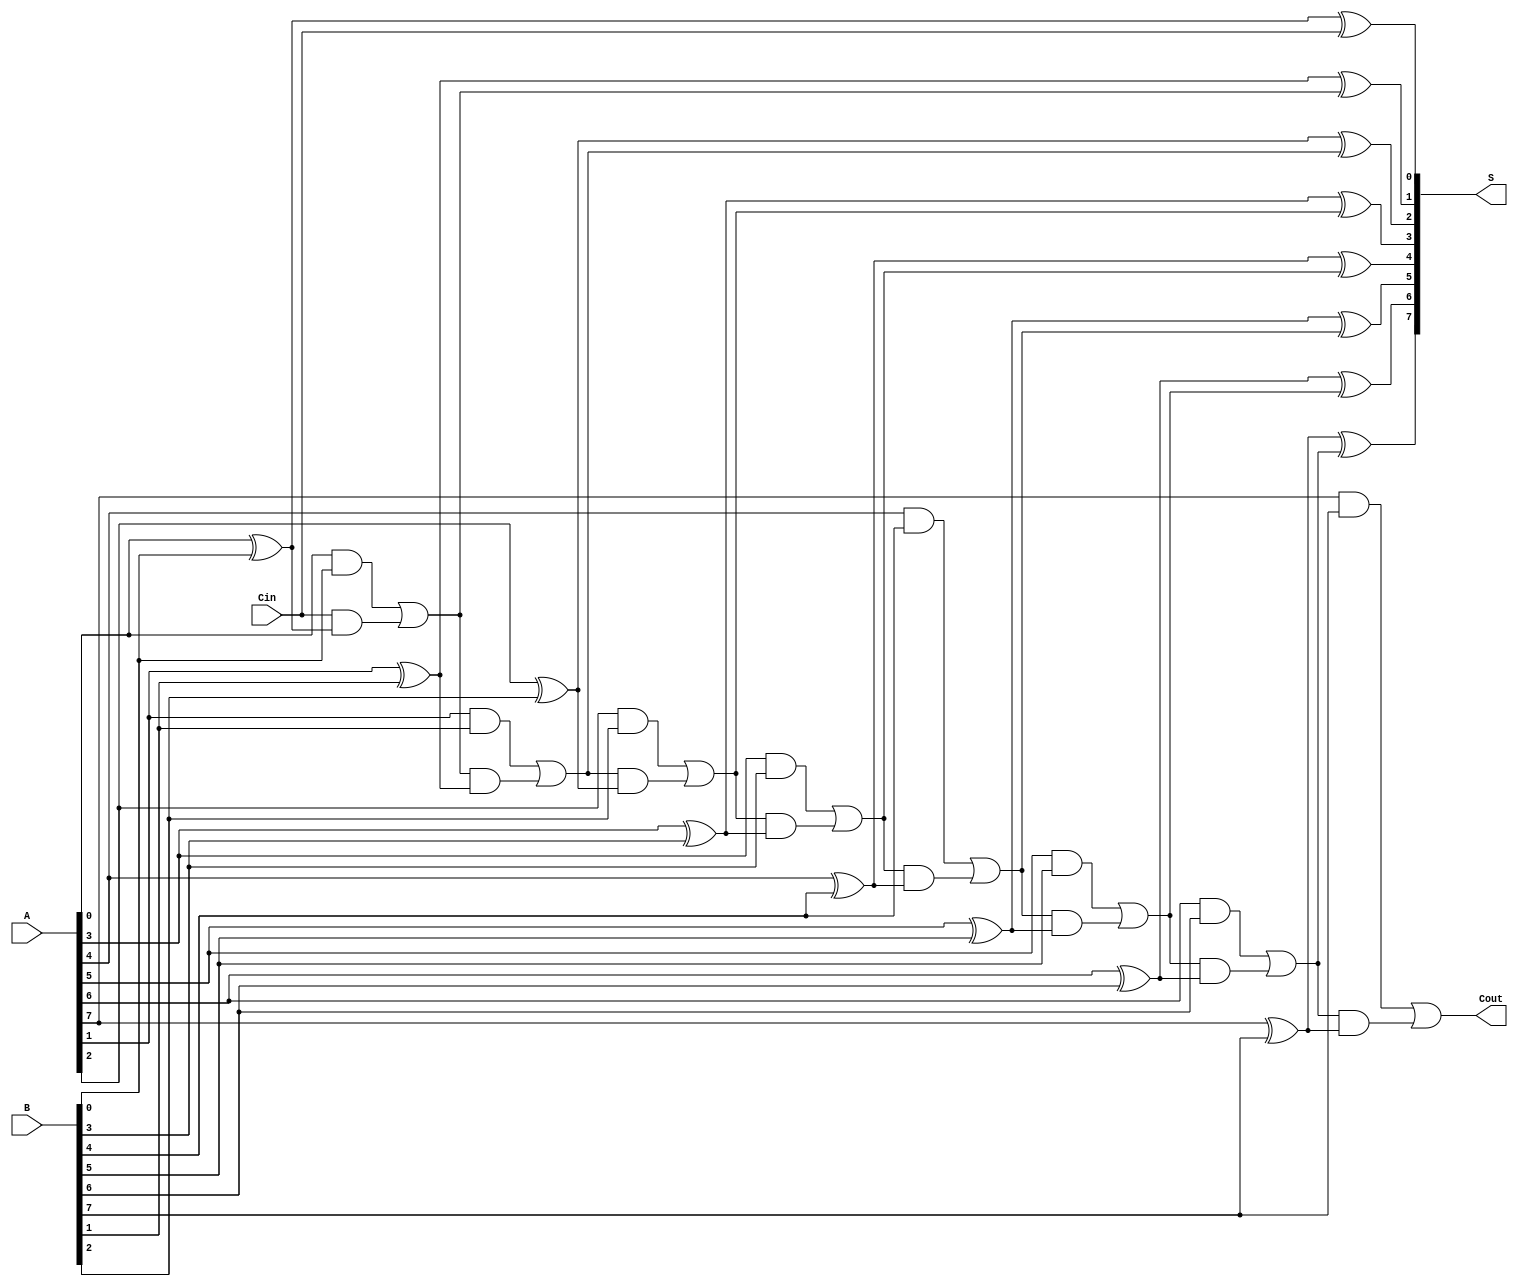
module PrecomputationCarryAdder #(parameter N = 8) (
    input  wire [N-1:0] A,      // First n-bit input
    input  wire [N-1:0] B,      // Second n-bit input
    input  wire Cin,             // Carry-in
    output wire [N-1:0] S,       // n-bit sum output
    output wire Cout             // Carry-out
);

    // Internal wires for carry generation
    wire [N:0] C; // C[i] is the carry out for bit i

    // Carry generation logic
    genvar i;
    generate
        assign C[0] = Cin; // Initial carry-in
        for (i = 0; i < N; i = i + 1) begin : carry_gen
            assign C[i + 1] = (A[i] & B[i]) | (C[i] & (A[i] ^ B[i])); // Carry generation
        end
    endgenerate

    // Sum calculation
    generate
        for (i = 0; i < N; i = i + 1) begin : sum_calc
            assign S[i] = A[i] ^ B[i] ^ C[i]; // Sum calculation
        end
    endgenerate

    // Final carry-out
    assign Cout = C[N];

endmodule